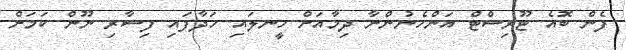
ފެން ބޮއެ ޓޫރިސްޓް އަންހެނުންނާ ދިމާއަށް ހީނލައި ހަދާފައި ފިސާރި ނޫން ކަމަށް